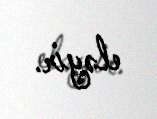
eləyir.